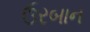
ઉરબાન